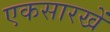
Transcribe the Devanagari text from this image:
एकसारखें